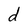
Character: d